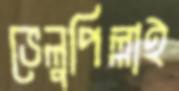
ভেলুপিল্লাই